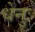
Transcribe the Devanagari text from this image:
धेनुः